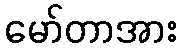
မော်တာအား